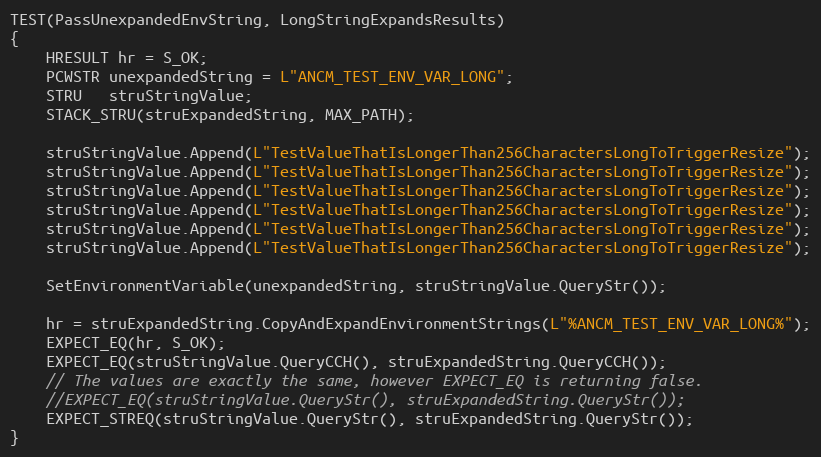
Language: C++
TEST(PassUnexpandedEnvString, LongStringExpandsResults)
{
    HRESULT hr = S_OK;
    PCWSTR unexpandedString = L"ANCM_TEST_ENV_VAR_LONG";
    STRU   struStringValue;
    STACK_STRU(struExpandedString, MAX_PATH);

    struStringValue.Append(L"TestValueThatIsLongerThan256CharactersLongToTriggerResize");
    struStringValue.Append(L"TestValueThatIsLongerThan256CharactersLongToTriggerResize");
    struStringValue.Append(L"TestValueThatIsLongerThan256CharactersLongToTriggerResize");
    struStringValue.Append(L"TestValueThatIsLongerThan256CharactersLongToTriggerResize");
    struStringValue.Append(L"TestValueThatIsLongerThan256CharactersLongToTriggerResize");
    struStringValue.Append(L"TestValueThatIsLongerThan256CharactersLongToTriggerResize");

    SetEnvironmentVariable(unexpandedString, struStringValue.QueryStr());

    hr = struExpandedString.CopyAndExpandEnvironmentStrings(L"%ANCM_TEST_ENV_VAR_LONG%");
    EXPECT_EQ(hr, S_OK);
    EXPECT_EQ(struStringValue.QueryCCH(), struExpandedString.QueryCCH());
    // The values are exactly the same, however EXPECT_EQ is returning false.
    //EXPECT_EQ(struStringValue.QueryStr(), struExpandedString.QueryStr());
    EXPECT_STREQ(struStringValue.QueryStr(), struExpandedString.QueryStr());
}